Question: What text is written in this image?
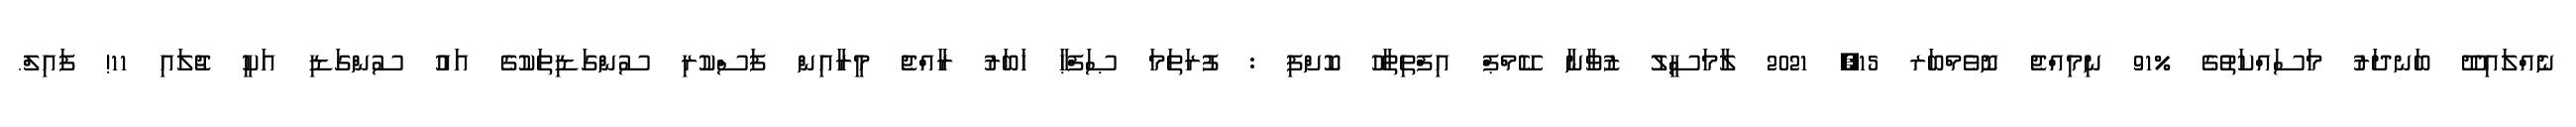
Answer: ނެއްލައިދޫ ބަނދަރު މަސައްކަތުގެ %91 ނިމިއްޖެ ނޮވެމްބަރ 15, 2021 ލާމަސީލު ޒުވާނާ ކޭމްޕް އިފްތިތާހު ކޮށްފި : ފުރަތަމަ ޞަފްޙާ ޚަބަރު ރާއްޖެ މީރާއިން ފަސްކުރި ސުންގަޑިތަކުގެ އައު ސުންގަޑި އަކީ ޖުލައި 11! ފައިލް.